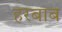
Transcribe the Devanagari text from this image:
हरबाब